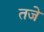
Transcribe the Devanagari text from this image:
तजे